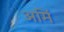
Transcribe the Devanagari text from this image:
अर्मि